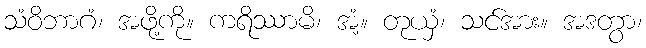
သံဝိဘာဂံ၊ အဖို့ကို။ ကရိဿာမိ၊ အံ့။ တုယှံ၊ သင်အား။ အဒတွာ၊